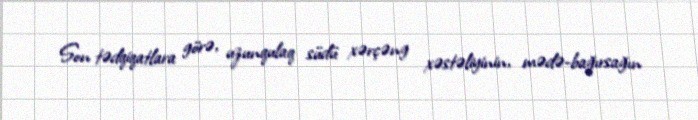
Son tədqiqatlara görə, uzunqulaq südü xərçəng xəstəliyinin, mədə-bağırsağın